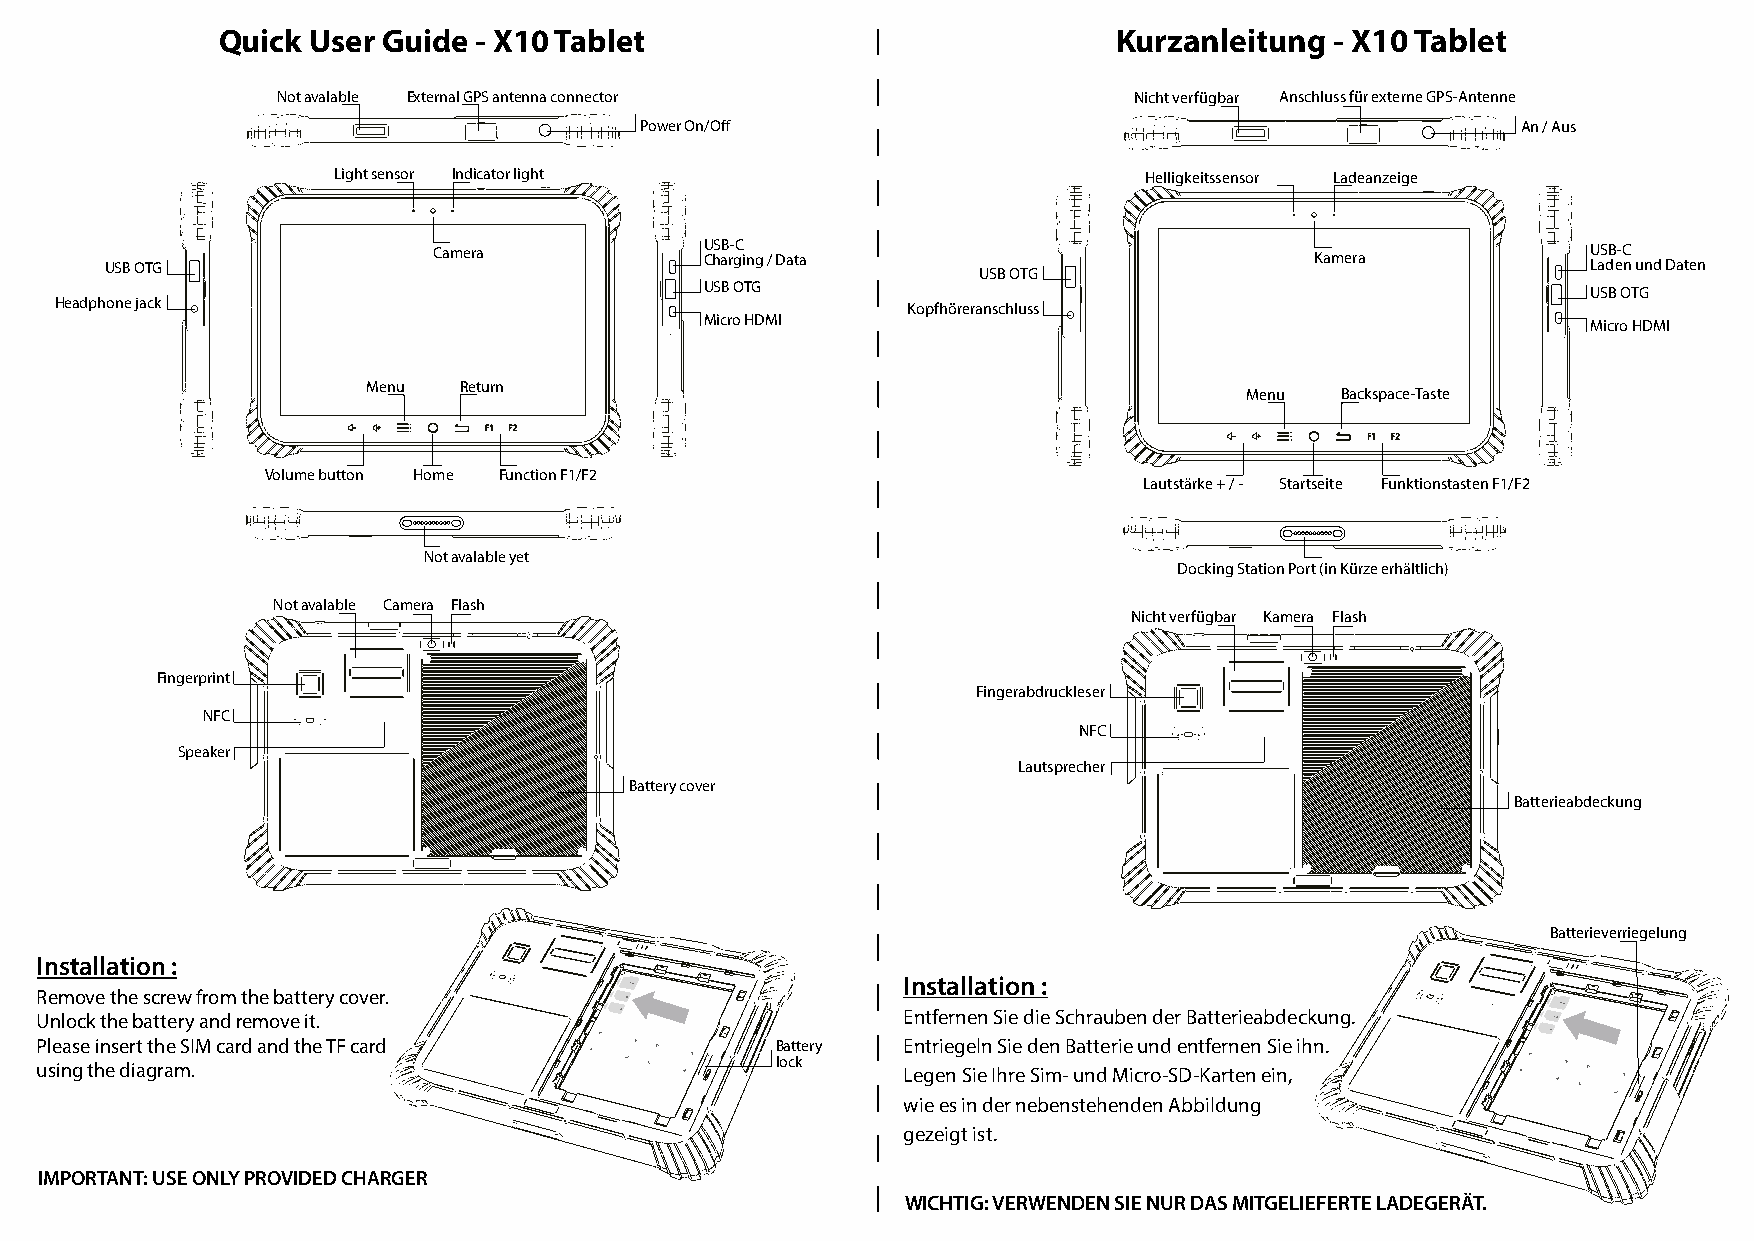
Quick User Guide - X10 Tablet                               Kurzanleitung - X10 Tablet
 Not avalable External GPS antenna connector              Nicht verfügbar Anschluss für externe GPS-Antenne
 Power On/Off                                               An / Aus
 Light sensor Indicator light                          Helligkeitssensor Ladeanzeige
 USB OTG               Camera            U ChS aB r- gC i ng / Data USB OTG      Kamera            U LaS dB e-C n und Daten
 USB OTG                                                   USB OTG
 Headphone jack                                          Kopfhöreranschluss
 Micro HDMI                                                Micro HDMI
 Menu  Return
 Menu   Backspace-Taste
 Volume button Home Function F1/F2
 Lautstärke + / - Startseite Funktionstasten F1/F2
 Not avalable yet
 Docking Station Port (in Kürze erhältlich)
 Not avalable Camera Flash
 Nicht verfügbar Kamera Flash
 Fingerprint
 Fingerabdruckleser
 NFC
 NFC
 Speaker
 Lautsprecher
 Battery cover
 Batterieabdeckung
 Batterieverriegelung
 Installation :
 Installation :
 Remove the screw from the battery cover.
 Unlock the battery and remove it.                         Entfernen Sie die Schrauben der Batterieabdeckung.
 Please insert the SIM card and the TF card       Battery  Entriegeln Sie den Batterie und entfernen Sie ihn.
 lock
 using the diagram.                                        Legen Sie Ihre Sim- und Micro-SD-Karten ein,
 wie es in der nebenstehenden Abbildung
 gezeigt ist.
 IMPORTANT: USE ONLY PROVIDED CHARGER
 WICHTIG: VERWENDEN SIE NUR DAS MITGELIEFERTE LADEGERÄT.